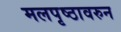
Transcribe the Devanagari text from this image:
मलपृष्ठावरुन